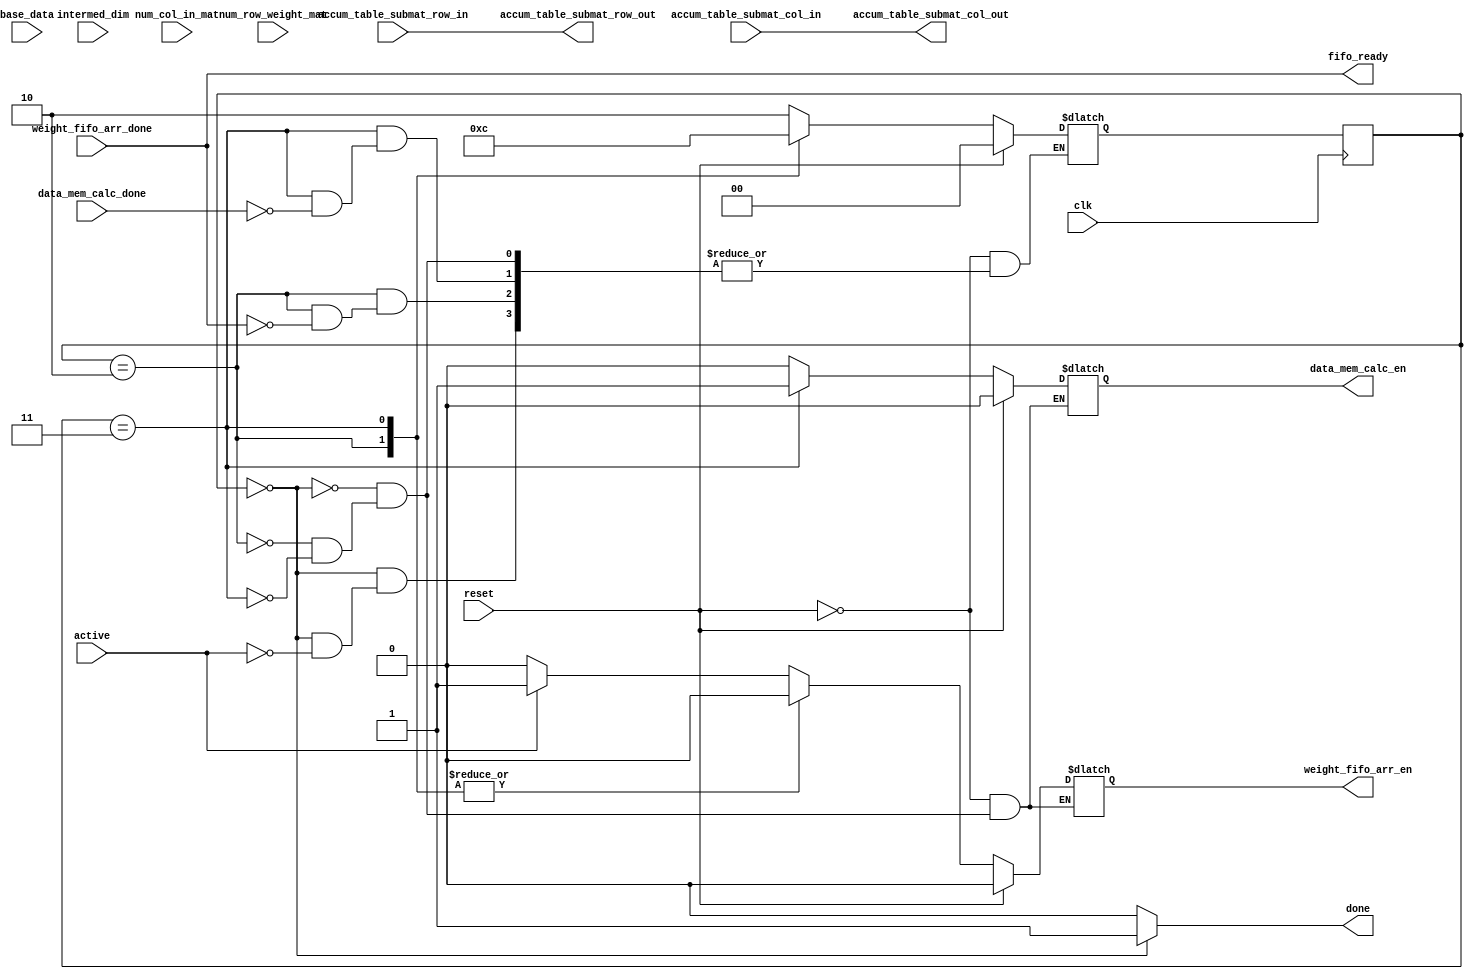
module master_multip_control(
    clk,
    reset,
    active,
    intermed_dim,
    num_row_weight_mat,
    num_col_in_mat,
    base_data, // base addr of the data
    accum_table_submat_row_in,
    accum_table_submat_col_in,
    accum_table_submat_row_out,
    accum_table_submat_col_out,
    weight_fifo_arr_en,
    weight_fifo_arr_done,
    data_mem_calc_en,
    data_mem_calc_done,
    fifo_ready,
    done
);

parameter width_height = 16;
parameter data_width = width_height * 8;
parameter max_out_width_height = 128;

parameter HOLD = 2'b00;
parameter DELAY = 2'b01;
parameter W_FIFO_ARR = 2'b10;
parameter D_MEM_CALC = 2'b11;

input clk, reset, active;
input weight_fifo_arr_done, data_mem_calc_done;
input [$clog2(width_height)-1:0] num_row_weight_mat, num_col_in_mat, intermed_dim;
input [data_width-1:0] base_data;
input [$clog2(max_out_width_height/width_height)-1:0] accum_table_submat_col_in; 
input [$clog2(max_out_width_height/width_height)-1:0] accum_table_submat_row_in;

output wire [$clog2(max_out_width_height/width_height)-1:0] accum_table_submat_col_out;
output wire [$clog2(max_out_width_height/width_height)-1:0] accum_table_submat_row_out;
output reg weight_fifo_arr_en, data_mem_calc_en;
output wire fifo_ready; //indicates when the fill_fifo instruction can be called
// ^^ need to latch some of the inputs when this goes high so that new data can
//    be written on the bus for the fill_fifo instruction, but we should do that
//    later

output wire done;

reg [1:0] state, state_c;

assign accum_table_submat_col_out = accum_table_submat_col_in;
assign accum_table_submat_row_out = accum_table_submat_row_in;
assign fifo_ready = weight_fifo_arr_done;
assign done = (state == HOLD) ? 1'b1 : 1'b0;

always @(posedge clk) begin
    state <= state_c;
end

always @(*) begin
    case (state)
        HOLD: begin
            data_mem_calc_en = 1'b0;
            weight_fifo_arr_en = 1'b0;

            if (active) begin
                state_c = W_FIFO_ARR;
                weight_fifo_arr_en = 1'b1;
            end // if (active)
        end // HOLD

        W_FIFO_ARR: begin
            data_mem_calc_en = 1'b0;
            weight_fifo_arr_en = 1'b0;
            
            if(weight_fifo_arr_done) begin
                state_c = D_MEM_CALC;
            end
        end

        D_MEM_CALC: begin
            data_mem_calc_en = 1'b1;
            weight_fifo_arr_en = 1'b0;

            if(data_mem_calc_done) begin
                state_c = HOLD;
            end
        end
    endcase

    if (reset) begin
        state_c = HOLD;
        data_mem_calc_en = 1'b0;
        weight_fifo_arr_en = 1'b0;
    end
end
endmodule